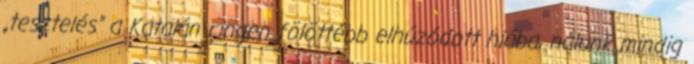
„tesztelés” a Katalán ringen fölöttébb elhúzódott hiába, nálunk mindig